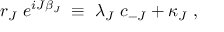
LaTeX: r _ { J } ~ e ^ { i J \beta _ { J } } \; \equiv \; \lambda _ { J } ~ c _ { - J } + \kappa _ { J } \; ,